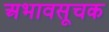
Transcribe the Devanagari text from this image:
अभावसूचक